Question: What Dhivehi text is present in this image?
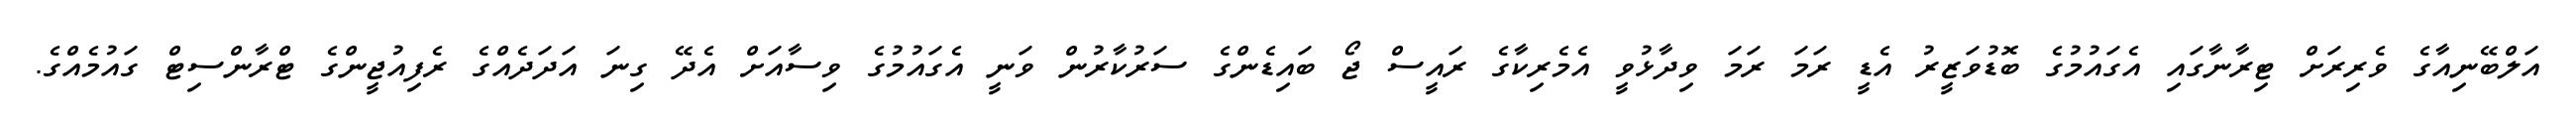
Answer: އަލްބޭނިއާގެ ވެރިރަށް ޓިރާނާގައި އެގައުމުގެ ބޮޑުވަޒީރު އެޑީ ރަމަ ރަމަ ވިދާޅުވީ އެމެރިކާގެ ރައީސް ޖޯ ބައިޑެންގެ ސަރުކާރުން ވަނީ އެގައުމުގެ ވިސާއަށް އެދޭ ގިނަ އަދަދެއްގެ ރެފިއުޖީންގެ ޓްރާންސިޓް ގައުމެއްގެ.